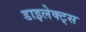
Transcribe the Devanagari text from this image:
डाइलेक्ट्स